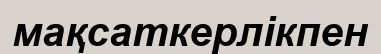
мақсаткерлікпен